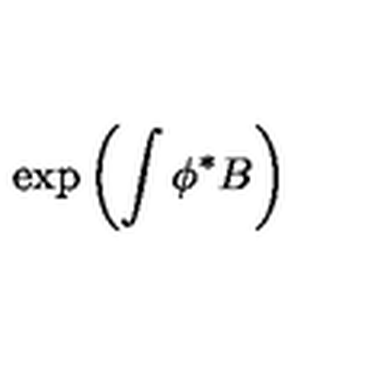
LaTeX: \exp \left( \int \phi ^ { * } B \right)